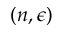
( n , \epsilon )